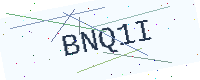
Text: BNQ1I